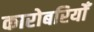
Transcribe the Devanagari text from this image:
कारोबरियोँ